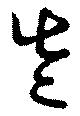
左